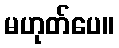
မဟုတ်ပေ။